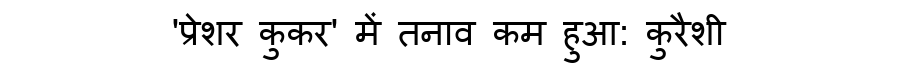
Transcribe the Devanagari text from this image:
'प्रेशर कुकर' में तनाव कम हुआ: कुरैशी